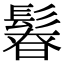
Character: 𩭻